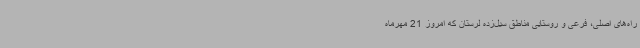
راه‌های اصلی، فرعی و روستایی مناطق سیل‌زده لرستان که امروز 21 مهرماه